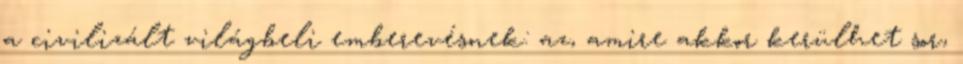
a civilizált világbeli emberevésnek: az, amire akkor kerülhet sor,